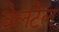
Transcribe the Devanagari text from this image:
वेलटेल